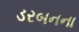
ડરબનના